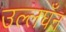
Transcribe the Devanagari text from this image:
उल्लघँन